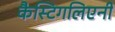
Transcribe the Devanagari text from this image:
कैस्टिगलिएनी